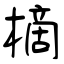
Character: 樀